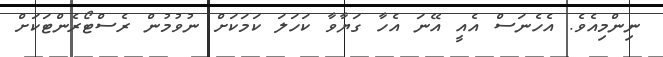
ނިންމިއެވެ. އެހެނަސް އެއީ އޭނަ އެހާ ގަޔާވާ ކަހަލަ ކަމަކަށް ނުވުމުން ރެސްޓޯރެންޓަކަށް